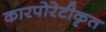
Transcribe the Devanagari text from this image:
कारपोरेटीकृत